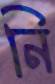
নি